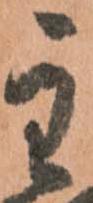
主